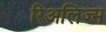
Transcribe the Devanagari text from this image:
रिअलिज्म